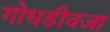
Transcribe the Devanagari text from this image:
गोधडीवजा